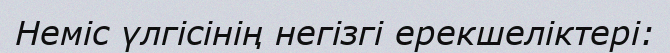
Неміс үлгісінің негізгі ерекшеліктері: